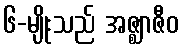
၆-မျိုးသည် အဇ္ဈာဇီဝ